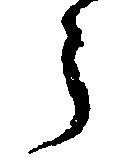
う